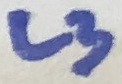
Text: L3